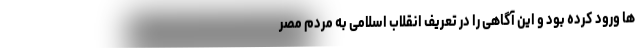
ها ورود کرده بود و این آگاهی را در تعریف انقلاب اسلامی به مردم مصر